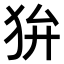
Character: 𤝏